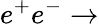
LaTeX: e^{+}e^{-}\to